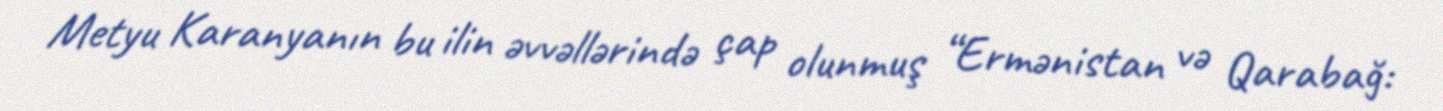
Metyu Karanyanın bu ilin əvvəllərində çap olunmuş “Ermənistan və Qarabağ: